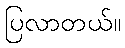
ပြလာတယ်။